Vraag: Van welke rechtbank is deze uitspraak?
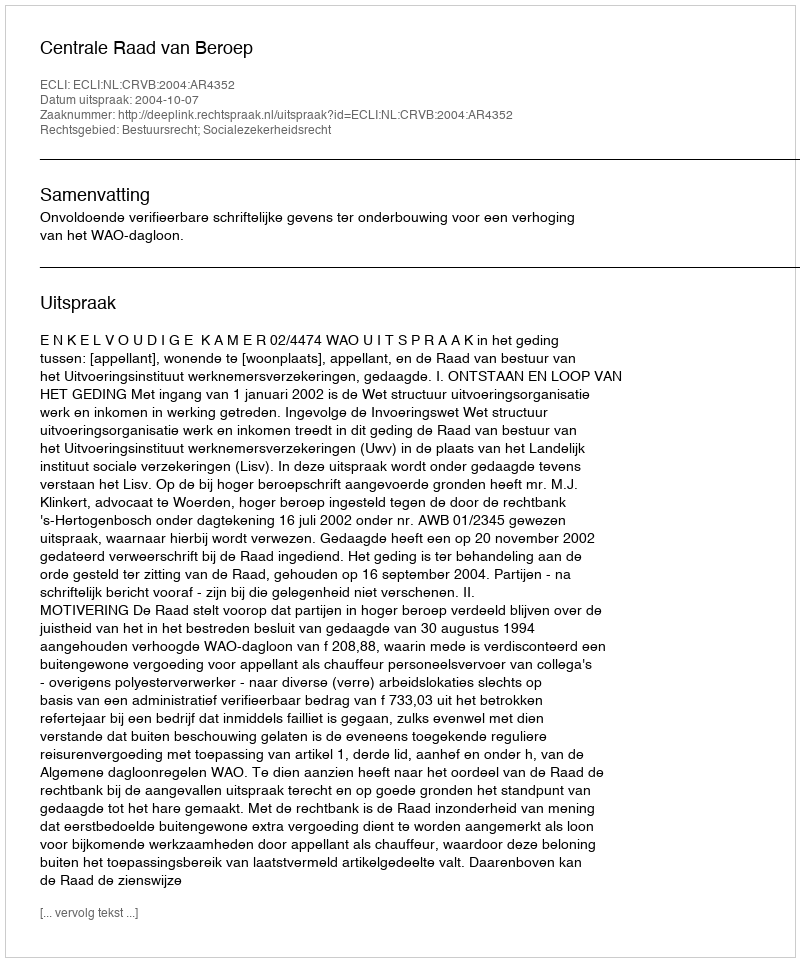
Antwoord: Centrale Raad van Beroep